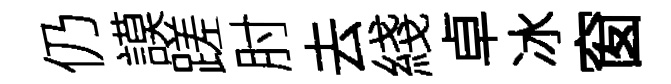
仍謨蹉肘去綫卓冰窗